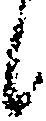
候